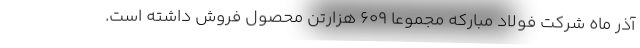
آذر ماه شرکت فولاد مبارکه مجموعا ۶۰۹ هزارتن محصول فروش داشته است.